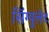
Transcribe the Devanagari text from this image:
सिंग्युलेट